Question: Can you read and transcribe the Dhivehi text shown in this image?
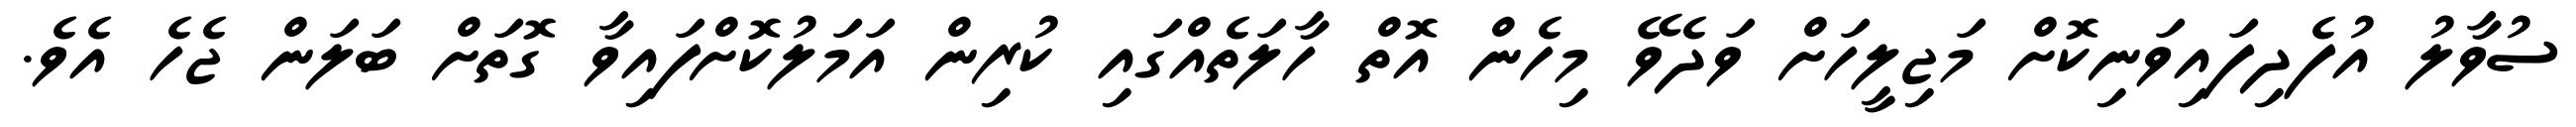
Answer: ސުވާލު އުފެދިފައިވަނިކޮށް މަޖިލީހަށް ވަދެވޭ މިހެން އޮތް ހާލަތެއްގައި ކުރިން އަމަލުކޮށްފައިވާ ގޮތަށް ބަލަން ޖެހެ އެވެ.